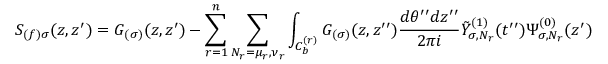
S _ { ( f ) \sigma } ( z , z ^ { \prime } ) = G _ { ( \sigma ) } ( z , z ^ { \prime } ) - \sum _ { r = 1 } ^ { n } \sum _ { N _ { r } = \mu _ { r } , \nu _ { r } } \int _ { C _ { b } ^ { ( r ) } } G _ { ( \sigma ) } ( z , z ^ { \prime \prime } ) \frac { d \theta ^ { \prime \prime } d z ^ { \prime \prime } } { 2 \pi i } \tilde { Y } _ { \sigma , N _ { r } } ^ { ( 1 ) } ( t ^ { \prime \prime } ) \Psi _ { \sigma , N _ { r } } ^ { ( 0 ) } ( z ^ { \prime } )